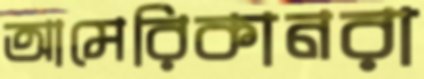
আমেরিকানরা